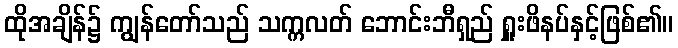
ထိုအချိန်၌ ကျွန်တော်သည် သက္ကလတ် ဘောင်းဘီရှည် ရှူးဖိနပ်နှင့်ဖြစ်၏။